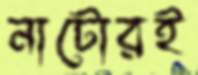
নাটোরই